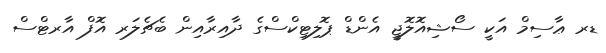
ޑރ ޢާސިމް އަކީ ސޯޝިއޮލޮޖީ އެންޑް ޕޮލިޓިކްސްގެ ދާއިރާއިން ބެޗެލަރ އޮފް އާރޓްސް